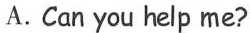
A. Can you help me?